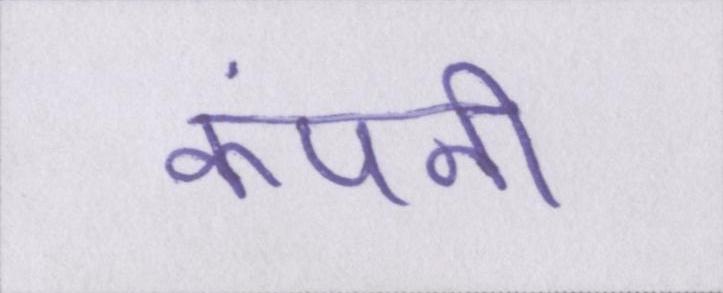
कंपनी